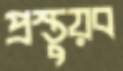
প্রস্তুয়ব